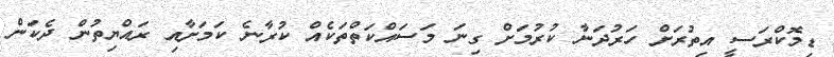
ޑިމޮކްރަސީ އިތުރަށް ހަރުދަނާ ކުރުމަށް ގިނަ މަސައްކަތްތަކެއް ކުރާނެ ކަމަށާއި ރައްޔިތުން ދެކަން